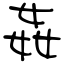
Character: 姦